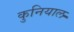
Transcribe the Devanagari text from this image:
कुनियाल